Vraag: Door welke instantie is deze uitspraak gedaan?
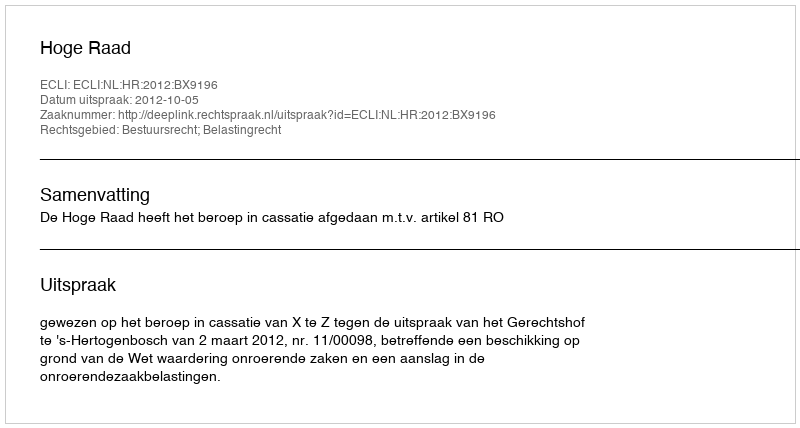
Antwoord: Hoge Raad